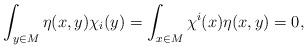
LaTeX: \begin{align*} \int_{y \in M} \eta(x,y)\chi_i(y) = \int_{x \in M} \chi^i(x)\eta(x,y) = 0, \end{align*}